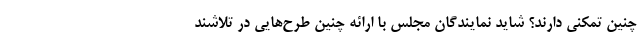
چنین تمکنی دارند؟ شاید نمایندگان مجلس با ارائه چنین طرح‌هایی در تلاشند